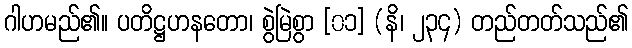
ဂါဟမည်၏။ ပတိဋ္ဌဟနတော၊ စွဲမြဲစွာ [၀၁] (နိ၊ ၂၃၄) တည်တတ်သည်၏